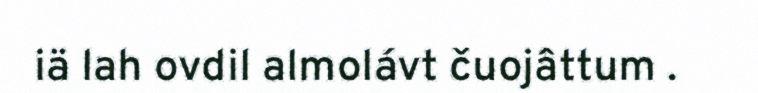
iä lah ovdil almolávt čuojâttum .